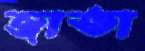
জাতা